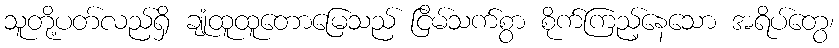
သူတို့ပတ်လည်ရှိ ချုံထူထူတောမြေသည် ငြိမ်သက်စွာ စိုက်ကြည့်နေသော အရိပ်တွေ၊